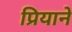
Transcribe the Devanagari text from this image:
प्रियाने